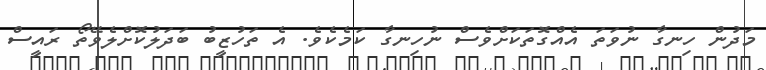
މަދުން ހިނގާ ނުވަތަ އެއްގޮތަކަށްވެސް ނުހިނގާ ކަމެކެވެ. އެ ތަހުޒީބު ބަދަލުކޮށްލެވޭތޯ ރައީސް